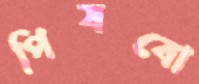
পিষবো